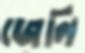
জেলি